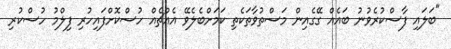
"ބަލައި ފާސްކުރެވުނު ބައެއް ގޭގެއިން މަސްތުވާތަކެތި ކަމަށްބެލެވޭ އެއްޗެއް ހުސްކޮށްފައިހުރި ފިލްމު ހުސްކުރި